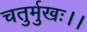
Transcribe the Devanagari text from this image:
चतुर्मुखः।।